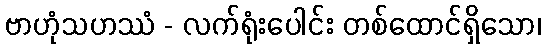
ဗာဟုံသဟဿံ - လက်ရုံးပေါင်း တစ်ထောင်ရှိသော၊